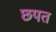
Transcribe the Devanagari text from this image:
छपत